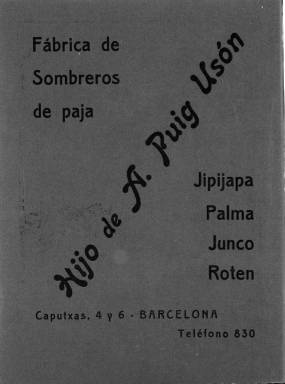
Título: Revista de la sombrerería
Colección: Moda
Ámbito geográfico: Barcelona
Lugar de publicación: Barcelona
Fechas: 01/01/1913-31/12/1915

Curiosa publicación que da testimonio del uso de una prenda que era un complemento casi obligatorio en la indumentaria de la época. La revista, de periodicidad mensual, está más enfocada al sombrero masculino y se ocupaba de otros complementos de caballero como guantes, corbatas, paraguas o bastones.

 Editada en Barcelona, debió comenzar en 1909 aunque no es seguro. La Biblioteca Nacional de España posee los números correspondientes a los años de 1913, 1914 y 1915. En este último año la periodicidad es ya bimestral, lo que probablemente tenga su causa en la I Guerra Mundial. De hecho, en los números de este año la publicación informaba de las dificultades para los fabricantes españoles de aprovisionarse de materia prima como consecuencia del conflicto bélico.

Es también muy probable que la propia revista no sobreviviera a la guerra y cerrara antes que terminara el conflicto en 1918, dado que muchas de sus páginas eran de anuncios de los fabricantes y comerciantes de sombreros y gorras, que debieron reducir sus gastos porque su venta también se extendía, además de a España, a Portugal y América Latina. Los números de la publicación contaban con 50 páginas o casi, gran parte páginas enteras de publicidad que ayudarían a financiarla.

    La publicación se definía a sí misma como un ‘periódico profesional consagrado al fomento de la sombrerería, confección de gorras e industrias anexas’ y publicaba noticias referentes a los fabricantes y el comercio del ramo, con información sobre las materias primas y procedimientos para la elaboración de sombreros de fieltro, lana, seda, paja y otros materiales.

   En esos años se puso de moda el sombrero Panamá, llamado así porque los usaban los obreros que construían el canal de Panamá para defenderse del calor. No obstante, su origen es Ecuador, donde se criaba una fibra vegetal de palma con la que se confeccionaba. La revista publicó imágenes de este sombrero y de otros hechos con otros materiales, siendo estas ilustraciones lo que le daba mayor atractivo.

  En las últimas páginas de la publicación se incluía una guía útil con el nombre y direcciones de todo el mundo que tenía que ver en España con la industria de la sombrerería, aunque no sólo de ésta, dado que aparecen también fabricantes de badanas, boinas, cascos tropicales, cintas, cordones de seda y otros materiales.

[Descripción publicada el 16/8/2022]